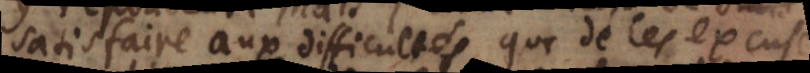
satisfaire aux difficultés, que de les excuser